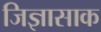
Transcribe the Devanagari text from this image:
जिज्ञासाक